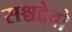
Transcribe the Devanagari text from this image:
सश्चद्देवो